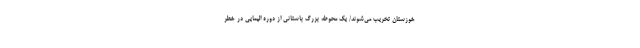
خوزستان تخریب می‌شوند/ یک محوطه بزرگ باستانی از دوره اِلیمایی در خطر